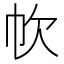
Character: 𢁧